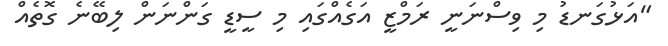
"އަޅުގަނޑު މި ވިސްނަނީ ރަމްޒީ އަގެއްގައި މި ސީޑީ ގަންނަން ލިބޭނެ ގޮތެއް